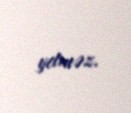
yetməz.